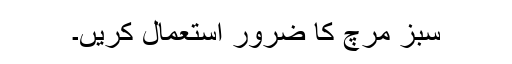
سبز مرچ کا ضرور استعمال کریں۔